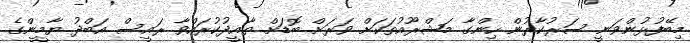
މިބޭފުޅުންވަނީ ސަރުކާރުން ހިންގާ މަޝްރޫއުތަކަށް ވަރަށް ބޮޑަށް ތާއީދުކުރައްވާ ރައީސް އަބްދު ޔާމީންގެ